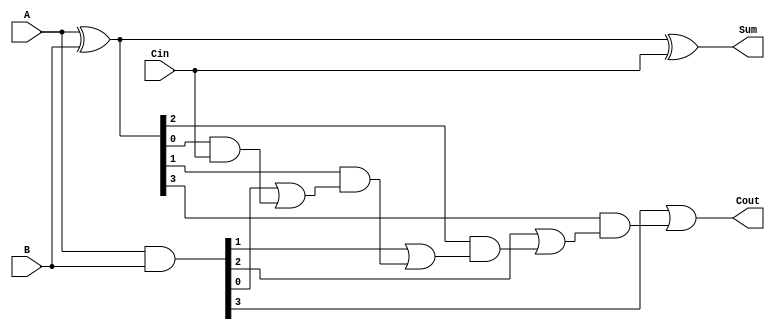
module CarryLookaheadAdder (
    input [3:0] A,
    input [3:0] B,
    input Cin,
    output [3:0] Sum,
    output Cout
);

wire [3:0] G, P, C;

assign G = A & B;
assign P = A ^ B;
assign C[0] = Cin;

genvar i;

generate
    for (i = 1; i < 4; i = i + 1) begin : generate_carry
        assign C[i] = G[i-1] | (P[i-1] & C[i-1]);
    end
endgenerate

assign Sum = A ^ B ^ Cin;
assign Cout = G[3] | (P[3] & C[3]);

endmodule